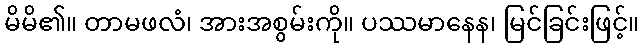
မိမိ၏။ တာမဖလံ၊ အားအစွမ်းကို။ ပဿမာနေန၊ မြင်ခြင်းဖြင့်။